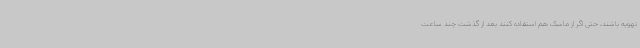
تهویه باشند، حتی اگر از ماسک هم استفاده کنند بعد از گذشت چند ساعت